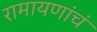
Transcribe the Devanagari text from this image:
रामायणांचं